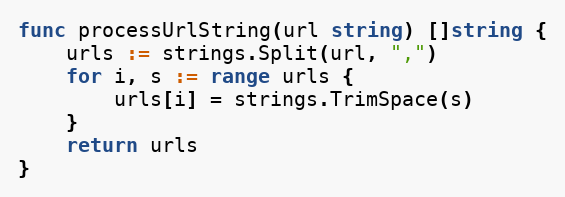
Language: Go
func processUrlString(url string) []string {
	urls := strings.Split(url, ",")
	for i, s := range urls {
		urls[i] = strings.TrimSpace(s)
	}
	return urls
}